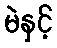
မဲနှင့်